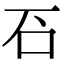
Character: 䂖